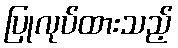
ပြုလုပ်ထားသည့်